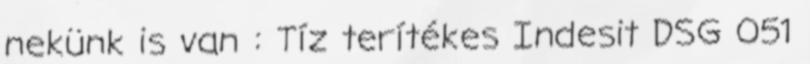
nekünk is van : Tíz terítékes Indesit DSG 051